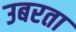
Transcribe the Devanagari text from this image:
उबरता